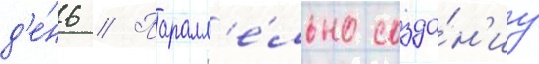
д'е́нь // Паралл'е́льно созда́н'иу